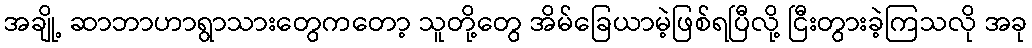
အချို့ ဆာဘာဟာရွာသားတွေကတော့ သူတို့တွေ အိမ်ခြေယာမဲ့ဖြစ်ရပြီလို့ ငြီးတွားခဲ့ကြသလို အခု